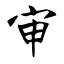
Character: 审